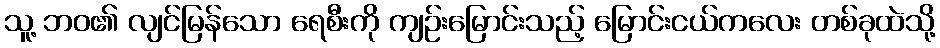
သူ့ ဘဝ၏ လျင်မြန်သော ရေစီးကို ကျဉ်းမြောင်းသည့် မြောင်းငယ်ကလေး တစ်ခုထဲသို့